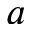
a